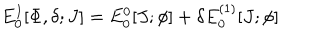
E _ { 0 } ^ { I } [ \Phi , \delta ; J ] = E _ { 0 } ^ { 0 } [ J ; \phi ] + \delta E _ { 0 } ^ { ( 1 ) } [ J ; \phi ]